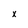
Character: x